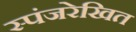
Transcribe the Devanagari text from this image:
स्पंजरेखित